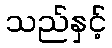
သည်နှင့်